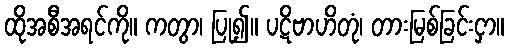
ထိုအစီအရင်ကို။ ကတွာ၊ ပြု၍။ ပဋိဗာဟိတုံ၊ တားမြစ်ခြင်းငှာ။